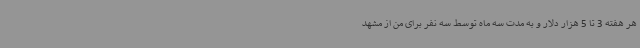
هر هفته 3 تا 5 هزار دلار و به مدت سه ماه توسط سه نفر برای من از مشهد